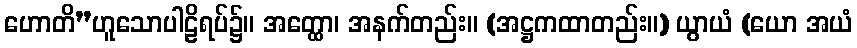
ဟောတိ”ဟူသောပါဠိရပ်၌။ အတ္ထော၊ အနက်တည်း။ (အဋ္ဌကထာတည်း။) ယွာယံ (ယော အယံ